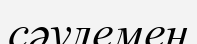
сәулемен